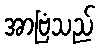
အာဗြံသည်